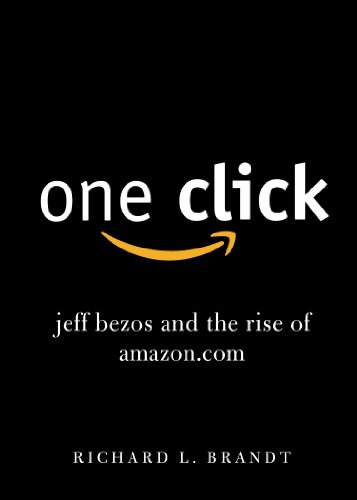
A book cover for One Click: Jeff Bezos and the Rise of Amazon.com; Richard L. Brandt; Literature & Fiction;